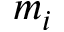
m _ { i }